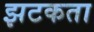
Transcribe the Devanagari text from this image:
झटकता